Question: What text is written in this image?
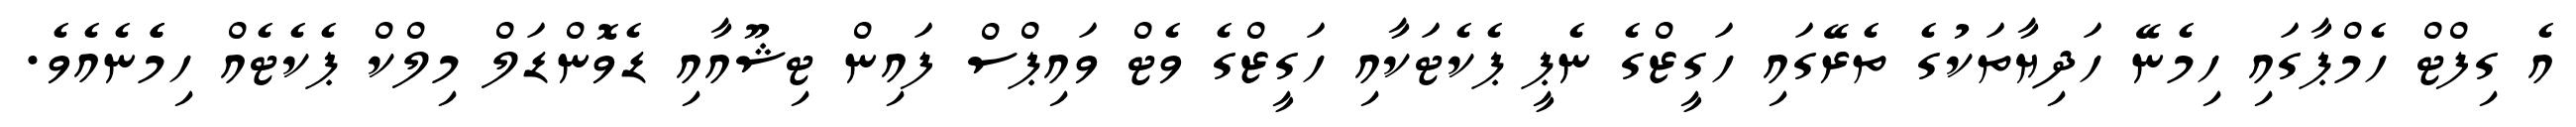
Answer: އެ ގިފްޓް ހެމްޕާގައި ހިމެނޭ ހަދިޔާތަކުގެ ތެރޭގައި ހަގީޒްގެ ނެޕީ ޕެކެޓަކާއި ހަގީޒްގެ ވެޓް ވައިޕްސް ފައިން ޓިޝޫއާއި ޑެވޮންޑަލް މިލްކް ޕެކެޓެއް ހިމެެނެއެވެ.